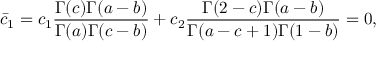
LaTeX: \bar { c } _ { 1 } = c _ { 1 } \frac { \Gamma ( c ) \Gamma ( a - b ) } { \Gamma ( a ) \Gamma ( c - b ) } + c _ { 2 } \frac { \Gamma ( 2 - c ) \Gamma ( a - b ) } { \Gamma ( a - c + 1 ) \Gamma ( 1 - b ) } = 0 ,